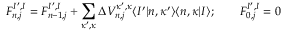
F _ { n , j } ^ { I ^ { \prime } , I } = F _ { n - 1 , j } ^ { I ^ { \prime } , I } + \sum _ { \kappa ^ { \prime } , \kappa } \Delta V _ { n , j } ^ { \kappa ^ { \prime } , \kappa } \langle I ^ { \prime } | n , \kappa ^ { \prime } \rangle \langle n , \kappa | I \rangle ; \qquad F _ { 0 , j } ^ { I ^ { \prime } , I } = 0